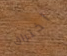
اختراق